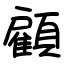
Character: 顧